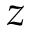
z